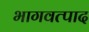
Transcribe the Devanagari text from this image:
भागवत्पाद